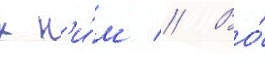
к н'и́м // Во́